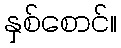
နှစ်စောင်။